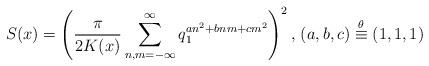
LaTeX: \begin{align*}S(x)=\left(\frac{\pi}{2K(x)}\sum^{\infty}_{n,m=-\infty}q_1^{an^2+bnm+cm^2}\right)^2\textrm{, }(a,b,c)\stackrel{\theta}{\equiv}(1,1,1)\end{align*}